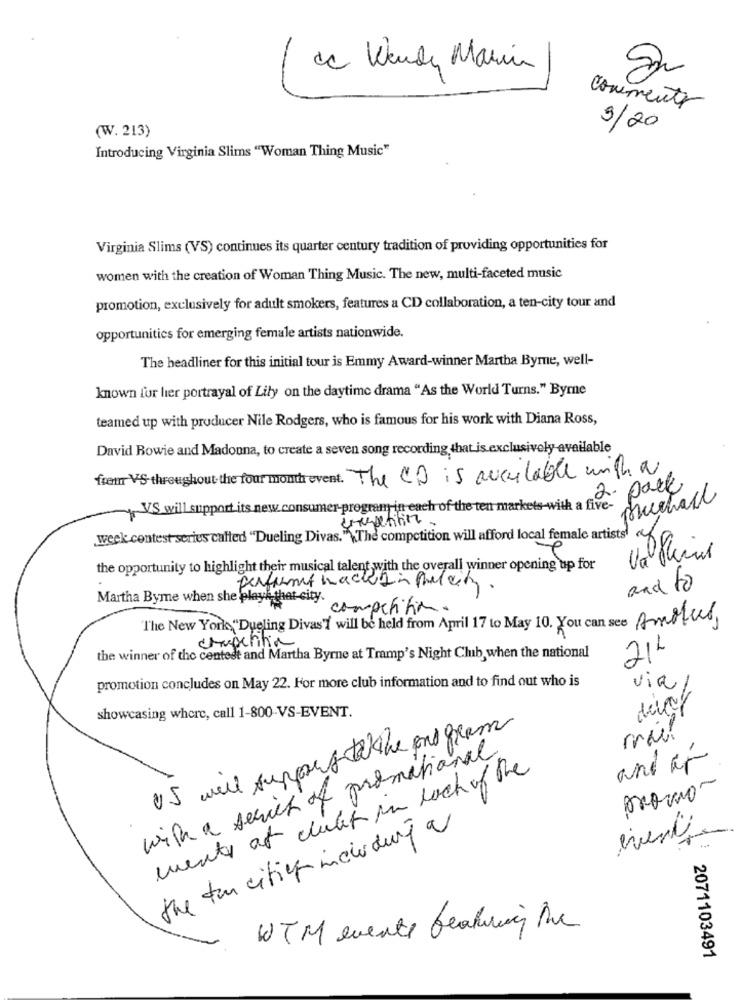
1
de Wendy Marin
comments
3/20
(W. 213)
Introducing Virginia Slims "Woman Thing Music"
Virginia Slims (VS) continues its quarter century tradition of providing opportunities for
women with the creation of Woman Thing Music. The new, multi-faceted music
promotion, exclusively for adult smokers, features a CD collaboration, a ten-city tour and
opportunities for emerging female artists nationwide.
The headliner for this initial tour is Emmy Award-winner Martha Byme, well-
known for hier portrayal of Lily on the daytime drama "As the World Turns." Byrne
teamed up with producer Nile Rodgers, who is famous for his work with Diana Ross,
David Bowie and Madonna, to create a seven song recording that is exclusively available
frem VS throughout the four month event. The CD is acculable with a
2. pack
Muchas
VS will support its new consumer-program in each o
ith a five-
week contest series called "Dueling Divas." The competition will afford local female artists
Val Kleines
the opportunity to highlight their musical talent with the overall winner opening up for
perfume machtin their
and to
Martha Byme when she playk thet-city.
competition.
The New York, "Dueling Divas'I will be held from April 17 to May 10. You can see Amotus
the winner of the centest and Martha Byrne at Tramp's Night Club, when the national
212
promotion concludes on May 22. For more club information and to find out who is
via /
showcasing where, call 1-800-VS-EVENT.
with a series of promotional
and ar
mente at clubet in lack of the
Aroma-
the ten cities including a
WTM evente featuring the
2071103491